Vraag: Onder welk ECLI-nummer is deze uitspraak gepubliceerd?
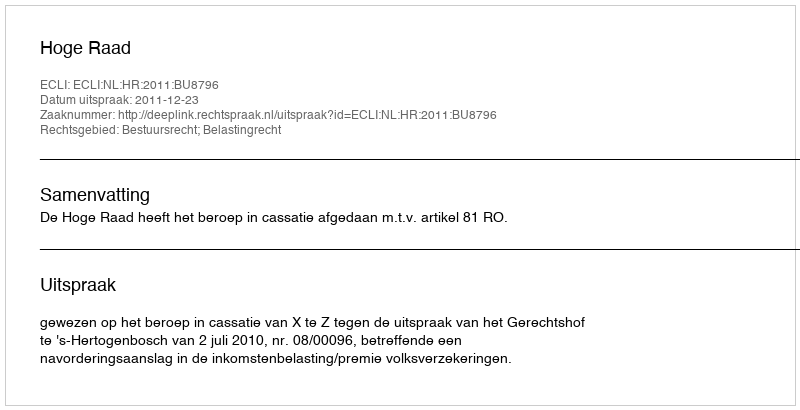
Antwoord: ECLI:NL:HR:2011:BU8796